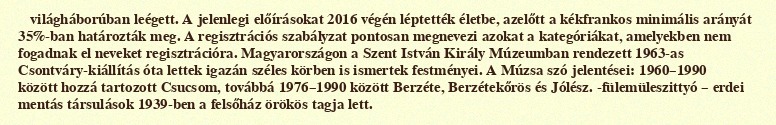
világháborúban leégett. A jelenlegi előírásokat 2016 végén léptették életbe, azelőtt a kékfrankos minimális arányát 35%-ban határozták meg. A regisztrációs szabályzat pontosan megnevezi azokat a kategóriákat, amelyekben nem fogadnak el neveket regisztrációra. Magyarországon a Szent István Király Múzeumban rendezett 1963-as Csontváry-kiállítás óta lettek igazán széles körben is ismertek festményei. A Múzsa szó jelentései: 1960–1990 között hozzá tartozott Csucsom, továbbá 1976–1990 között Berzéte, Berzétekőrös és Jólész. -fülemüleszittyó – erdei mentás társulások 1939-ben a felsőház örökös tagja lett.